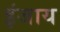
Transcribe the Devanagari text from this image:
इंजाय